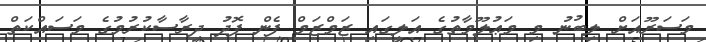
މަސަރޫއަށް ލިބުނު މި މަޢުލޫމާތުގެ އަލީގައި ޒަމްޒަމް ފެން ފޮދު ދިރާސާކުރުމުގެ މަސައްކަތް